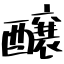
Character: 醸